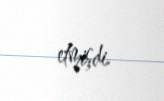
etmişdi.